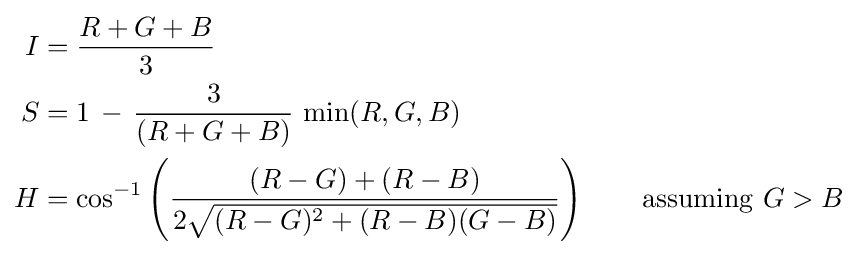
{\begin{aligned}I&={\frac {R+G+B}{3}}\\S&=1\,-\,{\frac {3}{(R+G+B)}}\,\min(R,G,B)\\H&=\cos ^{-1}\left({\frac {(R-G)+(R-B)}{2{\sqrt {(R-G)^{2}+(R-B)(G-B)}}}}\right)\qquad {\text{assuming }}G>B\end{aligned}}